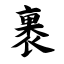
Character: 裹